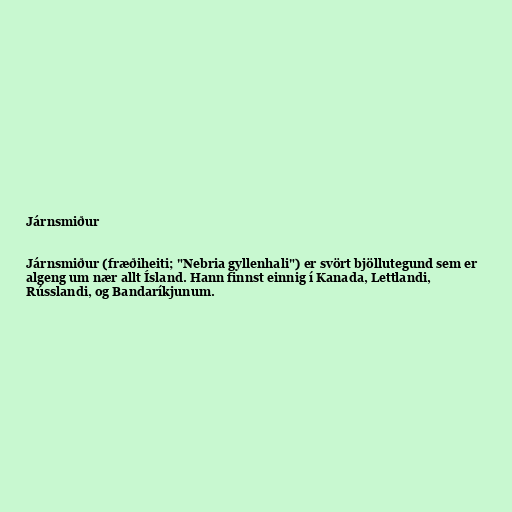
Járnsmiður

Járnsmiður (fræðiheiti; "Nebria gyllenhali") er svört bjöllutegund sem er
algeng um nær allt Ísland. Hann finnst einnig í Kanada, Lettlandi,
Rússlandi, og Bandaríkjunum.